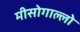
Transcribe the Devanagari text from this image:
मीसोगाल्लो